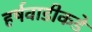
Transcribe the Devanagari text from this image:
हर्षवाडीकडे